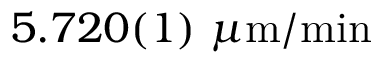
5 . 7 2 0 ( 1 ) ~ \mu \mathrm { m / m i n }